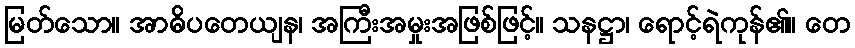
မြတ်သော။ အာဓိပတေယျန၊ အကြီးအမှုးအဖြစ်ဖြင့်။ သနဋ္ဌာ၊ ရောင့်ရဲကုန်၏။ တေ